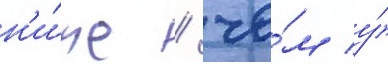
н'и́же / че́м у́